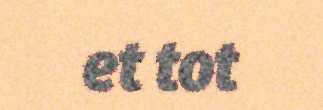
et tot